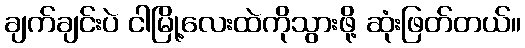
ချက်ချင်းပဲ ငါမြို့လေးထဲကိုသွားဖို့ ဆုံးဖြတ်တယ်။